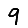
Digit: 9